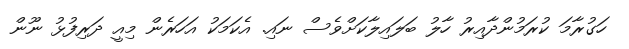
ހަގުރާމަ ކުރަމުންދާއިރު ހާލު ބަލައިލާކަށްވެސް ނައި. އެކަމަކު އަހަރެން މިއީ ދަރިފުޅު ނޫން